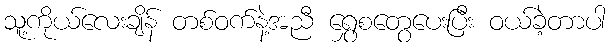
သူ့ကိုယ်လေးချိန် တစ်ဝက်နဲ့အညီ ရွှေစတွေပေးပြီး ဝယ်ခဲ့တာပါ